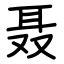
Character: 聂